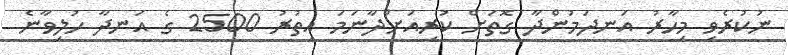
ނުކުރެވި މިހާރު އަނދަމުންދާ ގޮތަށް ކުރިއަށްދާނަމަ އިތުރު 2500 ގެ އަނދާ ހުލިވާނެ